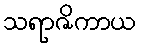
သရာဇိကာယ